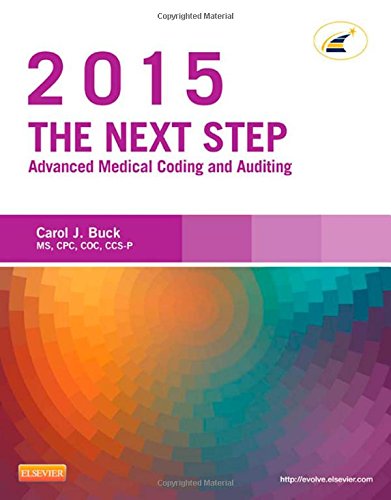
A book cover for The Next Step: Advanced Medical Coding and Auditing, 2015 Edition, 1e; Carol J. Buck MS  CPC  CCS-P; Medical Books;